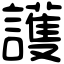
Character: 護